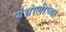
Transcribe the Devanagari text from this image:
ग्रंथालीच्‍या